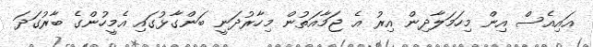
އައިއެސް އިން މިހަމަލާދިން އިރު އެ ޖަމާއަތުން މިހާރުދަނީ ބަންގާޅުގައި އެމީހުންގެ ބާރުގަދަ